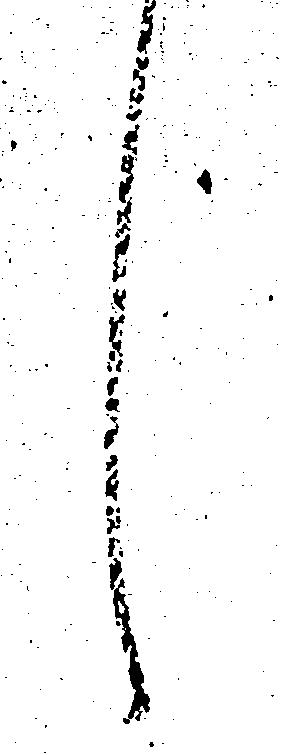
し